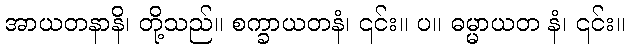
အာယတနာနိ၊ တို့သည်။ စက္ခာယတနံ၊ ၎င်း။ ပ။ ဓမ္မာယတ နံ၊ ၎င်း။